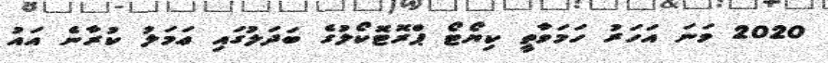
2020 ވަނަ އަހަރު ހަމަވާތީ ކިޔޯޓޯ ޕްރޮޓޮކޯލުގެ ބަދަލުގައި ޢަމަލު ކުރާނެ އައު